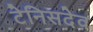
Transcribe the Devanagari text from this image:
टेनिसदेव